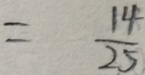
= \frac { 1 4 } { 2 5 }